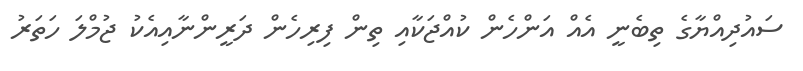
ސައުދިއްޔާގެ ތިބެނީ އެއް އަންހެން ކުއްޖަކާއި ތިން ފިރިހެން ދަރީންނާއިއެކު ޖުމްލަ ހަތަރު